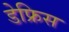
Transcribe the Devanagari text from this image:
डेफ्रिस